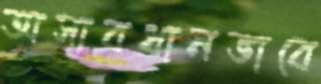
অসাবধানভাবে